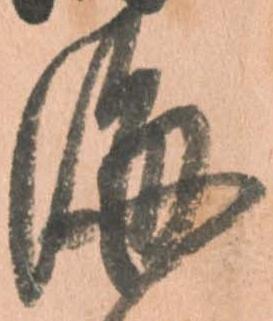
海